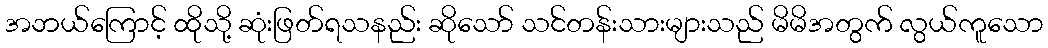
အဘယ်ကြောင့် ထိုသို့ ဆုံးဖြတ်ရသနည်း ဆိုသော် သင်တန်းသားများသည် မိမိအတွက် လွယ်ကူသော